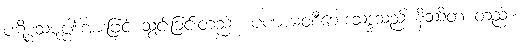
ပဋိစ္စသမုပ္ပါဒ်အားဖြင့် သွင်းခြင်းတည်း။ ပဏာမဝစီဘေဒသဒ္ဒသည် နိဿိတ တည်း။